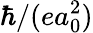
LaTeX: \hbar/(ea_{0}^{2})